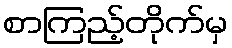
စာကြည့်တိုက်မှ